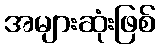
အများဆုံးဖြစ်